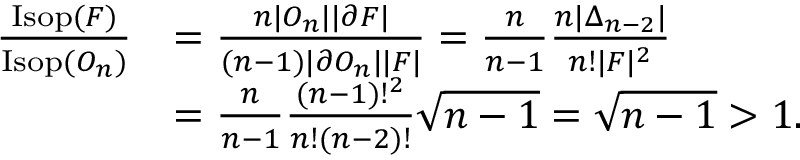
\begin{array} { r l } { \frac { \mathrm { I s o p } ( F ) } { \mathrm { I s o p } ( O _ { n } ) } } & { = \frac { n | O _ { n } | | \partial F | } { ( n - 1 ) | \partial O _ { n } | | F | } = \frac { n } { n - 1 } \frac { n | \Delta _ { n - 2 } | } { n ! | F | ^ { 2 } } } \\ & { = \frac { n } { n - 1 } \frac { ( n - 1 ) ! ^ { 2 } } { n ! ( n - 2 ) ! } \sqrt { n - 1 } = \sqrt { n - 1 } > 1 . } \end{array}